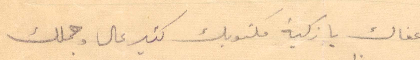
عفاك يا زكية مكتوبك كثير عال وحملك